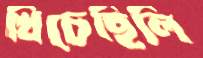
খিঁচেছিলি